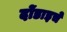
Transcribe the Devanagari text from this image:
दोंडाइचे